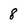
Character: 8